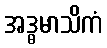
အဒ္ဓမာသိကံ